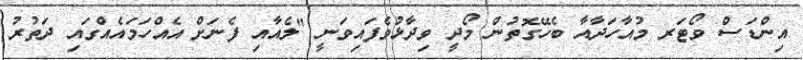
އިންޑަސް ވޯޓަރ މުއާހަދާއާ ބެހޭގޮތުން މޯދީ ވިދާޅުވެފައިވަނީ "ލެއާއި ފެނަށް އެއްހަމައެއްގައި ދަތުރު